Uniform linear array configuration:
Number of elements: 4
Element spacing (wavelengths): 0.25
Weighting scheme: cosine
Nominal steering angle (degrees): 15
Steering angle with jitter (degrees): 14.29
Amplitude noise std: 0.05
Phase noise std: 0.05

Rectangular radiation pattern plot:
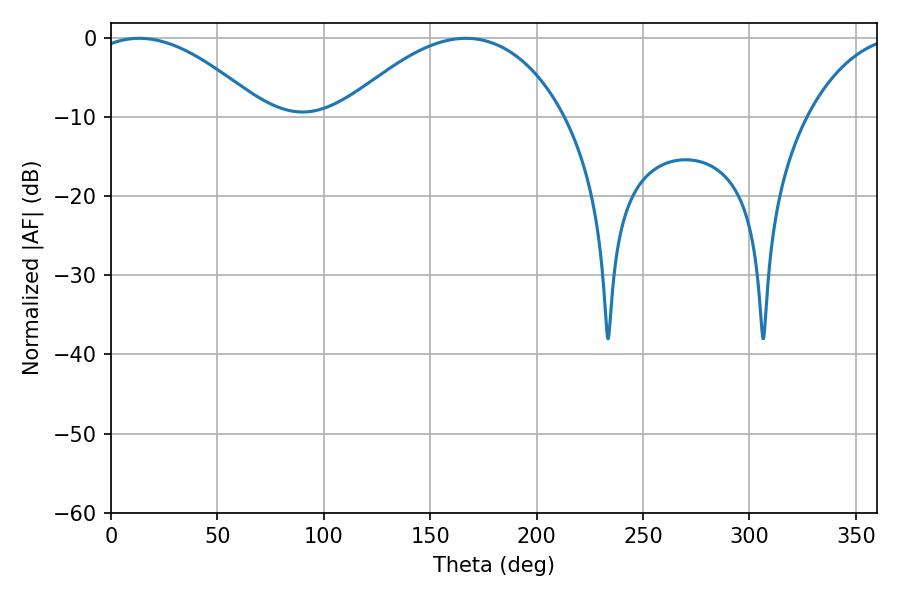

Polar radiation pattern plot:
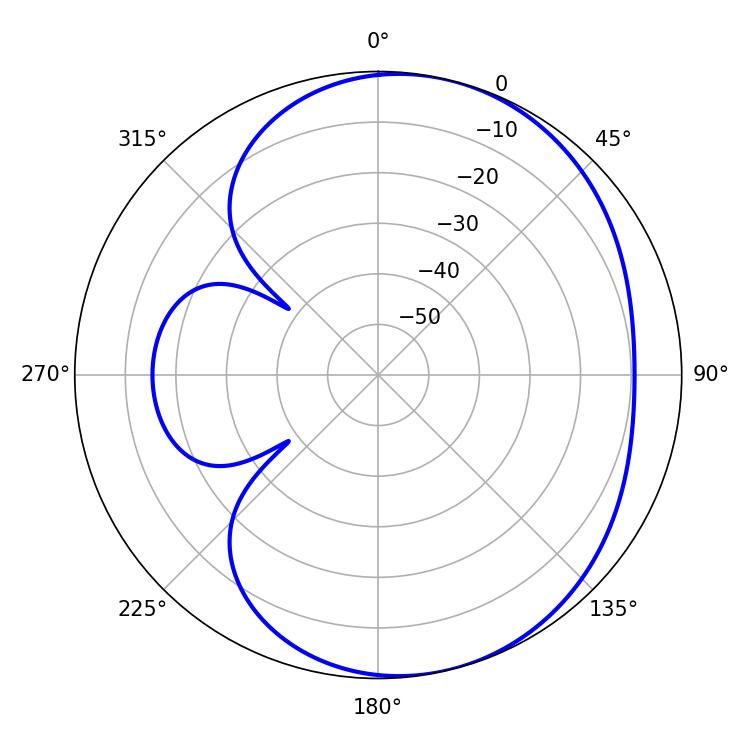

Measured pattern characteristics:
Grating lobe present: FALSE
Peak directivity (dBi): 5.04
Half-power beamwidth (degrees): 44.64
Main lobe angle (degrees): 13.32